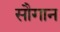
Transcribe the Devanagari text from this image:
सौगान